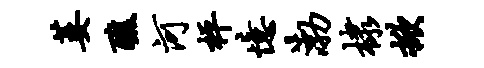
萎醮河枰忆渤棣掀